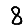
Digit: 8